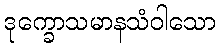
ဒုက္ခောသမာနသံဝါသော